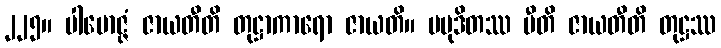
၂၂၅။ ပါမောဇ္ဇံ ဇာယတီတိ တုဋ္ဌာကာရော ဇာယတိ။ ပမုဒိတဿ ပီတိ ဇာယတီတိ တုဋ္ဌဿ